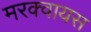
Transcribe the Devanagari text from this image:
मरक्वायस